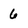
Character: 6